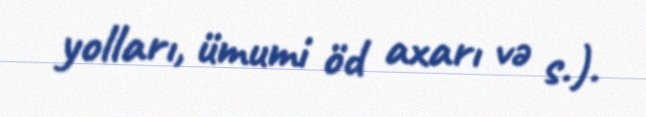
yolları, ümumi öd axarı və s.).